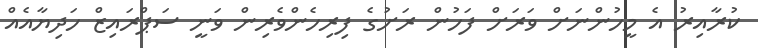
ކުރާއިރު އެ މީހުންނަށް ވަރަށް ފަހުން ރަށުގެ ފިރިހެންވެރިން ވަނީ ސަޕްރައިޒް ހަދިޔާއެއް